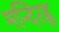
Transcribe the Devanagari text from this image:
मन्दिरहृ